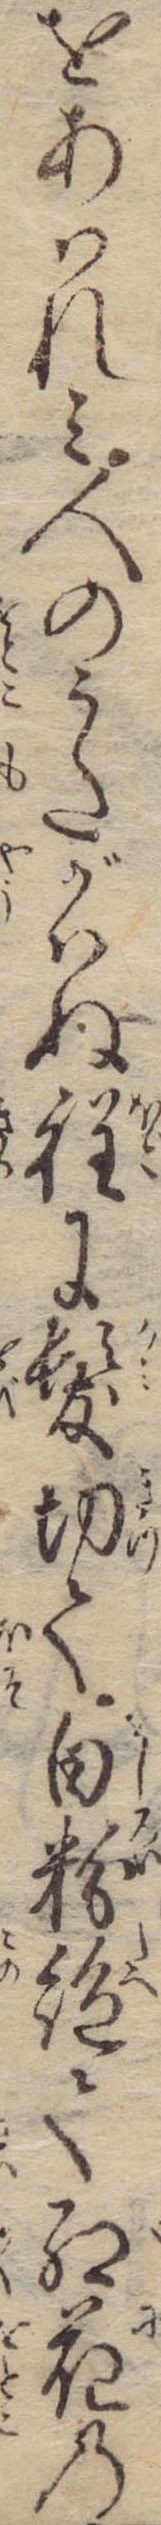
をあはれみ人のうたがはぬ程に髪切て白粉絶て紅花の